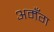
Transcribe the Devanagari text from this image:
अमँग